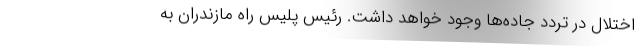
اختلال در تردد جاده‌ها وجود خواهد داشت. رئیس پلیس راه مازندران به